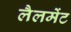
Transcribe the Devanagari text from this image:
लैलमेंट